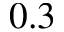
0 . 3